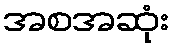
အစအဆုံး